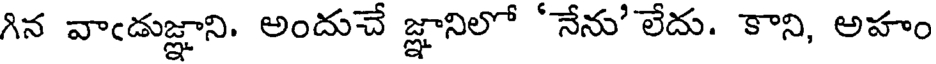
గిన వాఁడుజ్ఞాని. అందుచే జ్ఞానిలో 'నేను' లేదు. కాని, అహం